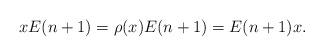
LaTeX: \begin{align*} xE(n+1)=\rho(x)E(n+1)=E(n+1)x.\end{align*}